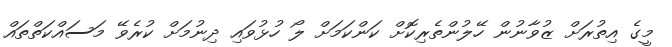
މީގެ އިތުރަށް ޒުވާނުން ހޭލުންތެރިކޮށް ކަންކަމަށް ލޯ ހުޅުވައި ދިނުމަށް ކުރެވޭ މަސައްކަތްތައް